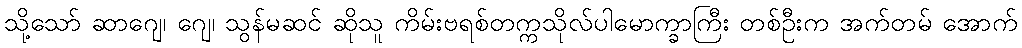
သို့သော် ဆာဂျေ၊ ဂျေ၊ သွန်မဆင် ဆိုသူ ကိမ်းဗရစ်တက္ကသိုလ်ပါမောက္ခာကြီး တစ်ဦးက အက်တမ် အောက်